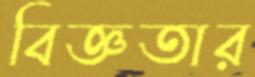
বিজ্ঞতার